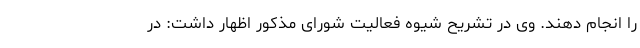
را انجام دهند. وی در تشریح شیوه فعالیت شورای مذکور اظهار داشت: در